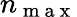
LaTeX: n_{\mathrm{~m~a~x~}}